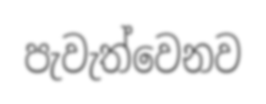
පැවැත්වෙනව